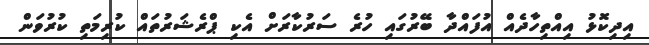
އިދިކޮޅު އިއްތިހާދެއް އުފައްދާ ބޭރުގައި ހުރެ ސަރުކާރަށް އެކި ޕްރެޝަރުތައް ކުރިމަތި ކުރުވަން